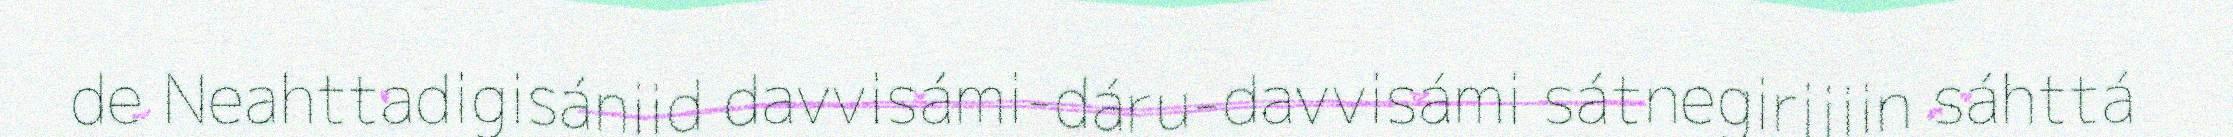
de Neahttadigisániid davvisámi-dáru-davvisámi sátnegirjjiin sáhttá